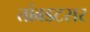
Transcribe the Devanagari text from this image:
तांबडटसर